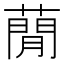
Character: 蕑